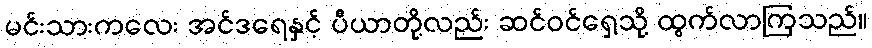
မင်းသားကလေး အင်ဒရေနှင့် ပီယာတို့လည်း ဆင်ဝင်ရှေ့သို့ ထွက်လာကြသည်။